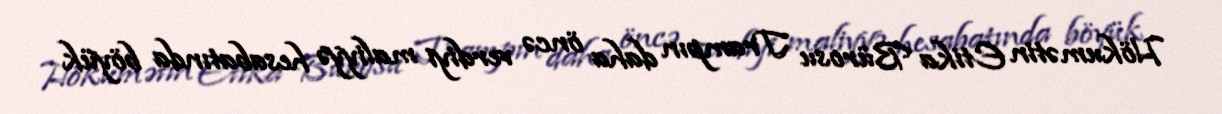
Hökumətin Etika Bürosu Trampın daha öncə verdiyi maliyyə hesabatında böyük